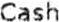
CASH